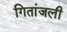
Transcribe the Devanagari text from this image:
गितांजली